NAE_kihelkonnakohtute_kirjad_ja_protokollid_1869-1889, lk 18
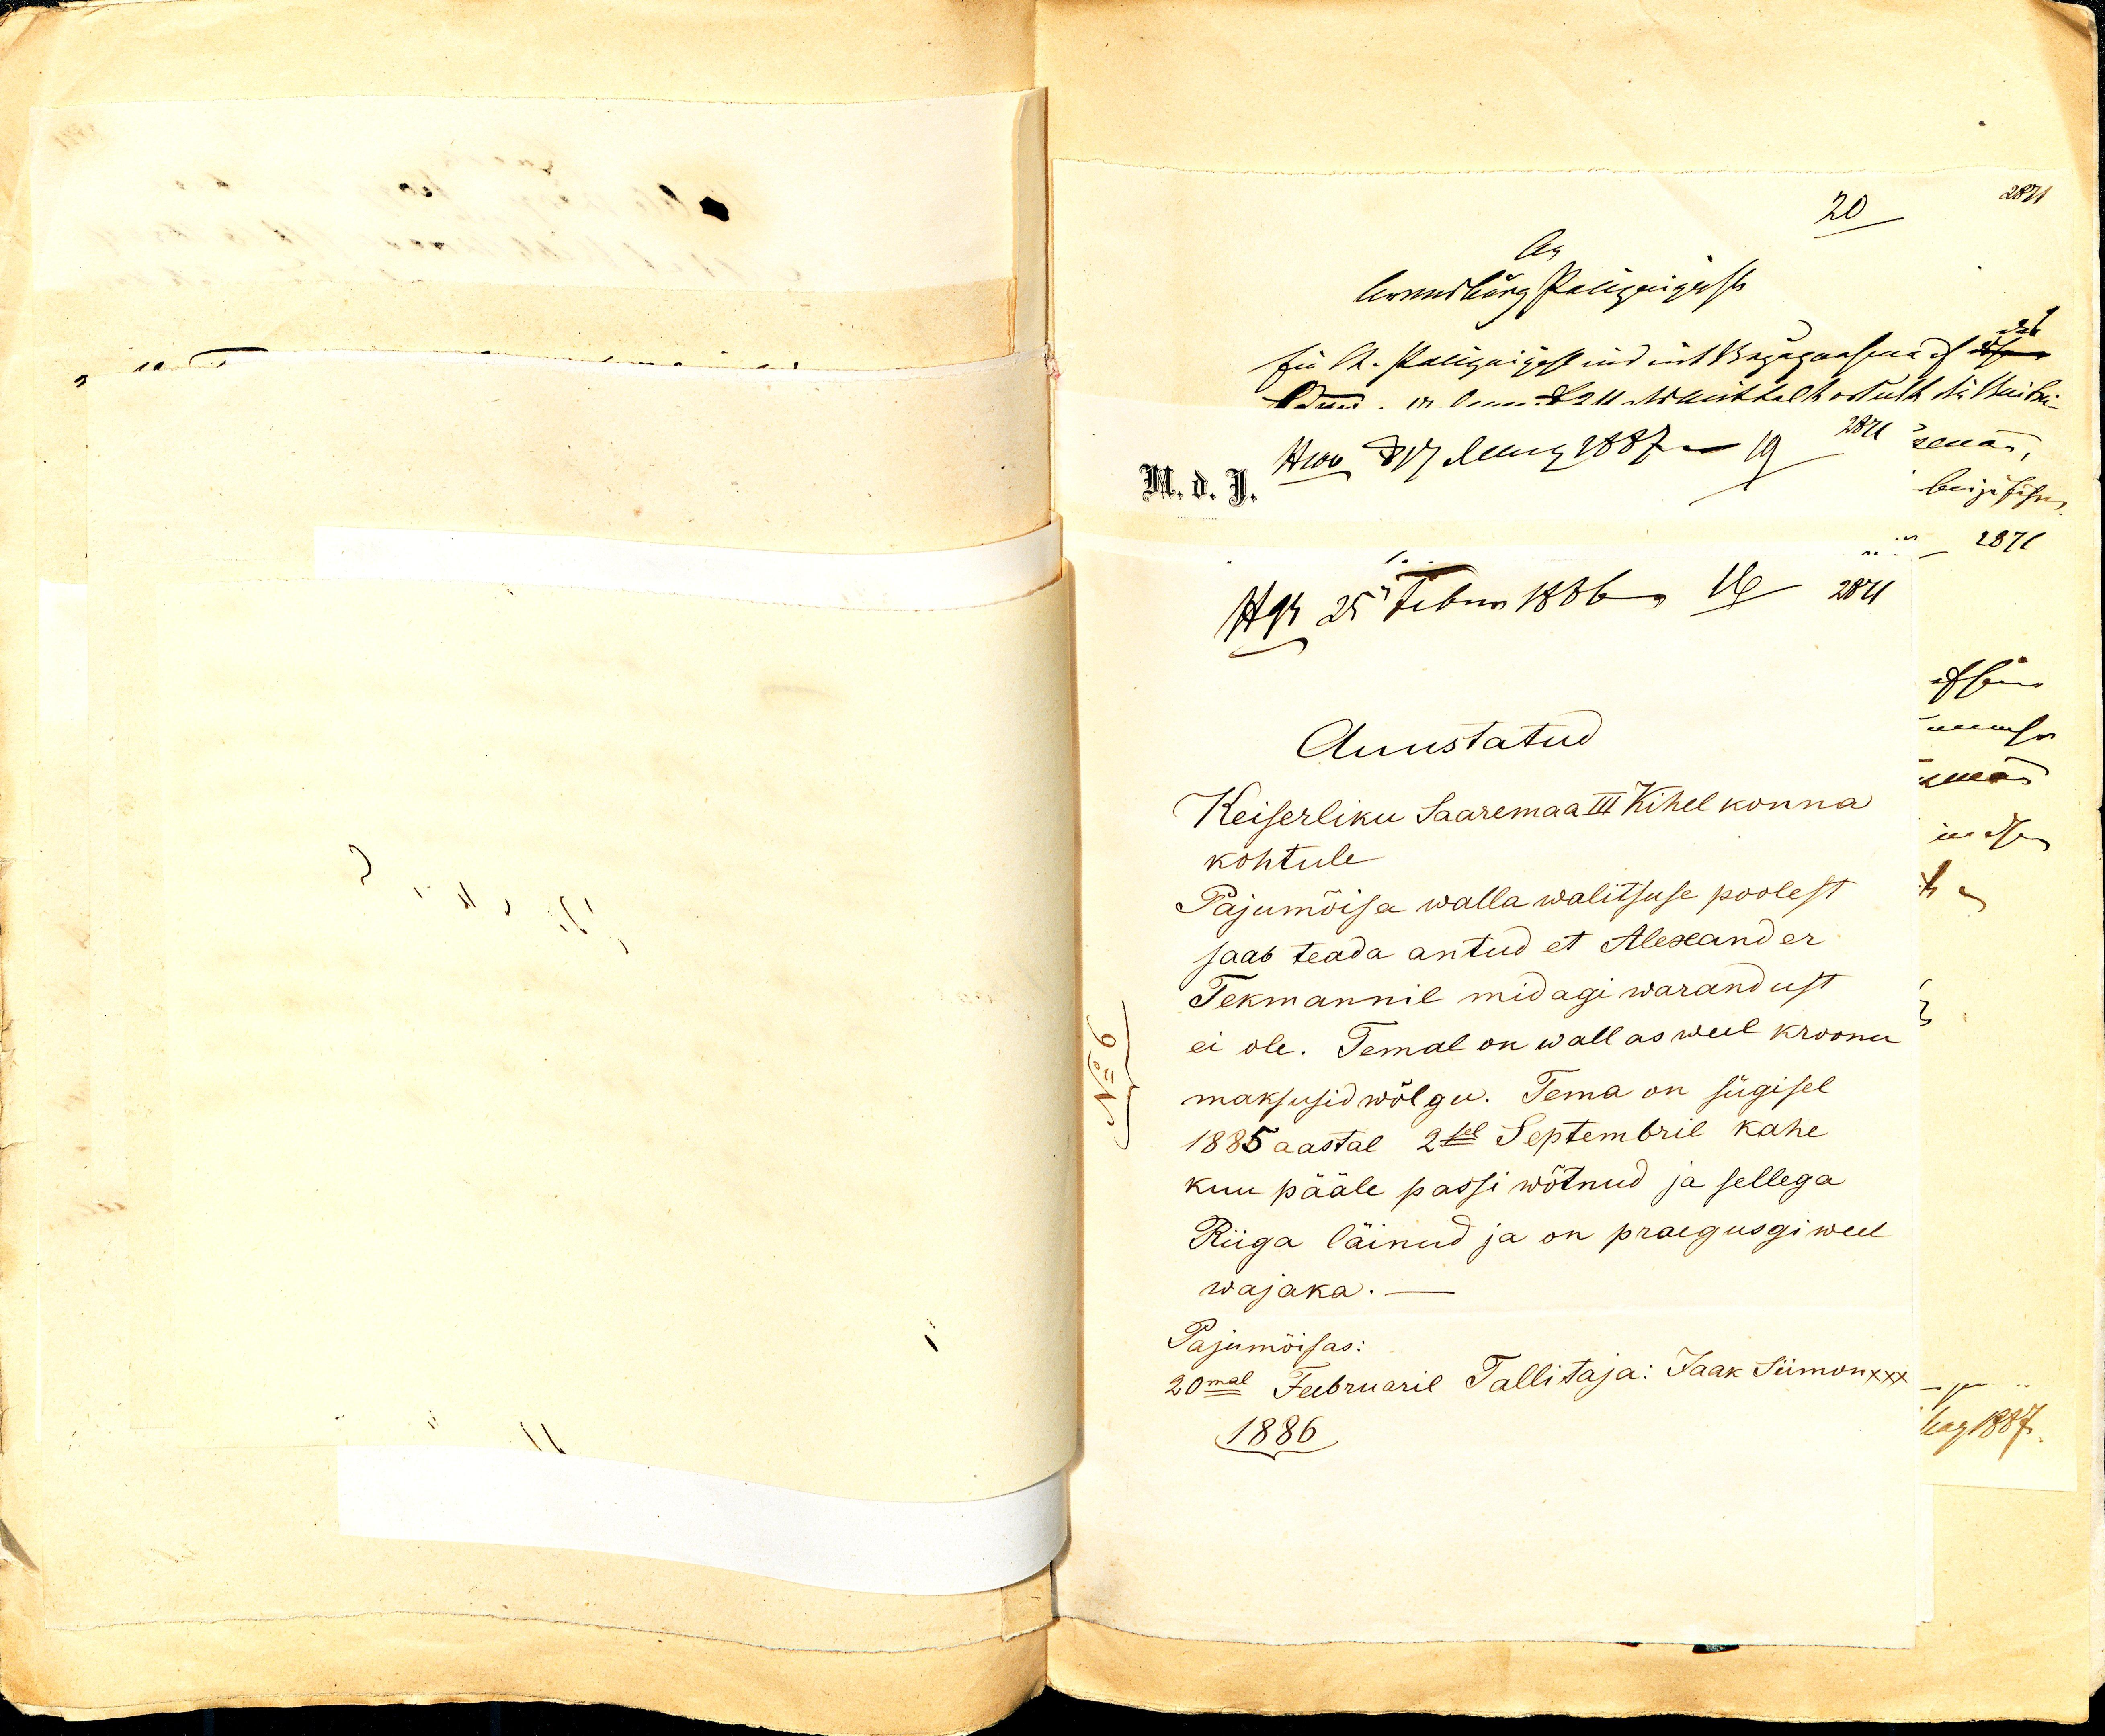
Auustatud 
Keiserliku Saaremaa III Kihelkonna 
kohtule.
Pajumõisa walla walitsuse poolest 
saab teada antud et Aleksander 
Tekmannil midagi warandust 
ei ole. Temal on wallas weel kroonu 
maksusid wõlgu. Tema on sügisel 
1885 aastal 2sel Septembril kahe 
kuu pääle passi wõtnud ja sellega
Riiga läinud ja on praegusgi weel 
wajaka.
Pajumõisas: 
20mal Februaril Tallitaja: Jaak Siimon xxx”